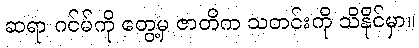
ဆရာ ဂင်မ်ကို တွေ့မှ ဇာတိက သတင်းကို သိနိုင်မှာ။